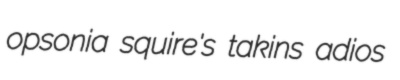
opsonia squire's takins adios